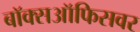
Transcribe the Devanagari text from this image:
बॉक्सऑफिसवर